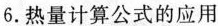
6.热量计算公式的应用